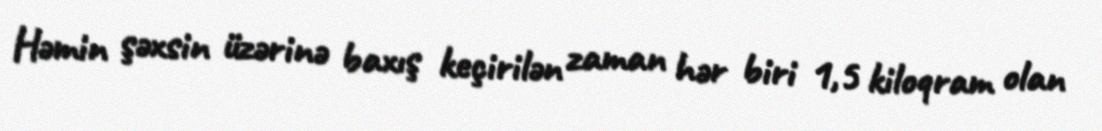
Həmin şəxsin üzərinə baxış keçirilən zaman hər biri 1,5 kiloqram olan